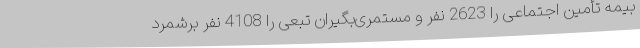
بیمه تأمین اجتماعی را 2623 نفر و مستمری‌بگیران تبعی را 4108 نفر برشمرد